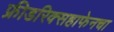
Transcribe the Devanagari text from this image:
फ्रीडरिक्सहाफेनचा